Annual report on the Civil Veterinary Department, Burma (including the Insein Veterinary School) - 1910-1922
Year: 1910
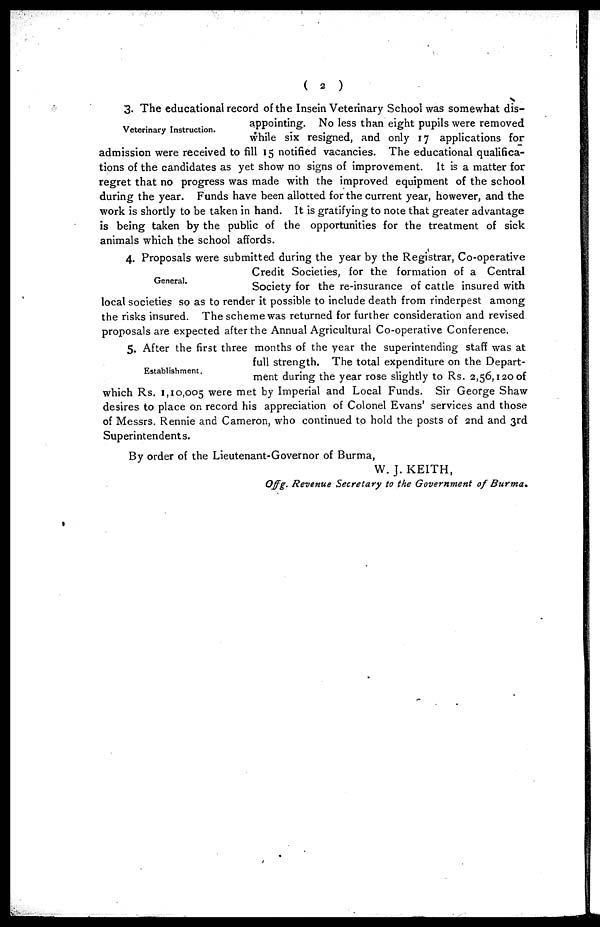
(
2
)
Veterinary Instruction.
3. The educational record of the Insein Veterinary School was somewhat dis-
appointing. No less than eight pupils were removed
while six resigned, and only 17 applications for
admission were received to fill 15 notified vacancies. The educational qualifica-
tions of the candidates as yet show no signs of improvement. It is a matter for
regret that no progress was made with the improved equipment of the school
during the year. Funds have been allotted for the current year, however, and the
work is shortly to be taken in hand. It is gratifying to note that greater advantage
is being taken by the public of the opportunities for the treatment of sick
animals which the school affords.
General.
4. Proposals were submitted during the year by the Registrar, Co-operative
Credit Societies, for the formation of a Central
Society for the re-insurance of cattle insured with
local societies so as to render it possible to include death from rinderpest among
the risks insured. The scheme was returned for further consideration and revised
proposals are expected after the Annual Agricultural Co-operative Conference.
Establishment.
5. After the first three months of the year the superintending staff was at
full strength. The total expenditure on the Depart-
ment during the year rose slightly to Rs. 2,56,120 of
which Rs. 1,10,005 were met by Imperial and Local Funds. Sir George Shaw
desires to place on record his appreciation of Colonel Evans' services and those
of Messrs. Rennie and Cameron, who continued to hold the posts of 2nd and 3rd
Superintendents.
By order of the Lieutenant-Governor of Burma,
W.J. KEITH,
Offg. Revenue Secretary to the Government of Bur mam